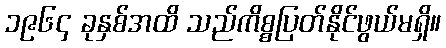
၁၉၆၄ ခုနှစ်အထိ သည်ကိစ္စပြတ်နိုင်ဖွယ်မရှိ။